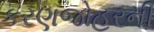
કરણજોહરની